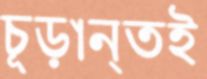
চূড়ান্তই